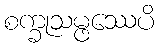
စက္ခုသမ္ဖဿေပိ